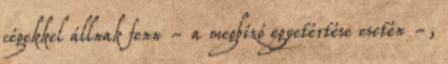
cégekkel állnak fenn - a megbízó egyetértése esetén -,